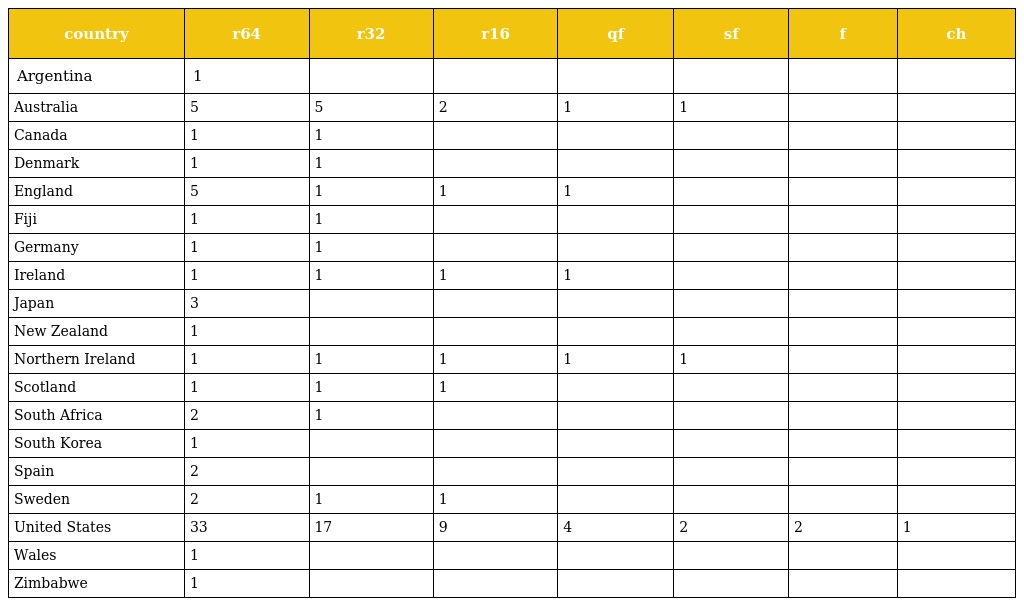
| country | r64 | r32 | r16 | qf | sf | f | ch |
 | --- | --- | --- | --- | --- | --- | --- | --- |
 | Argentina | 1 |  |  |  |  |  |  |
 | Australia | 5 | 5 | 2 | 1 | 1 |  |  |
 | Canada | 1 | 1 |  |  |  |  |  |
 | Denmark | 1 | 1 |  |  |  |  |  |
 | England | 5 | 1 | 1 | 1 |  |  |  |
 | Fiji | 1 | 1 |  |  |  |  |  |
 | Germany | 1 | 1 |  |  |  |  |  |
 | Ireland | 1 | 1 | 1 | 1 |  |  |  |
 | Japan | 3 |  |  |  |  |  |  |
 | New Zealand | 1 |  |  |  |  |  |  |
 | Northern Ireland | 1 | 1 | 1 | 1 | 1 |  |  |
 | Scotland | 1 | 1 | 1 |  |  |  |  |
 | South Africa | 2 | 1 |  |  |  |  |  |
 | South Korea | 1 |  |  |  |  |  |  |
 | Spain | 2 |  |  |  |  |  |  |
 | Sweden | 2 | 1 | 1 |  |  |  |  |
 | United States | 33 | 17 | 9 | 4 | 2 | 2 | 1 |
 | Wales | 1 |  |  |  |  |  |  |
 | Zimbabwe | 1 |  |  |  |  |  |  |